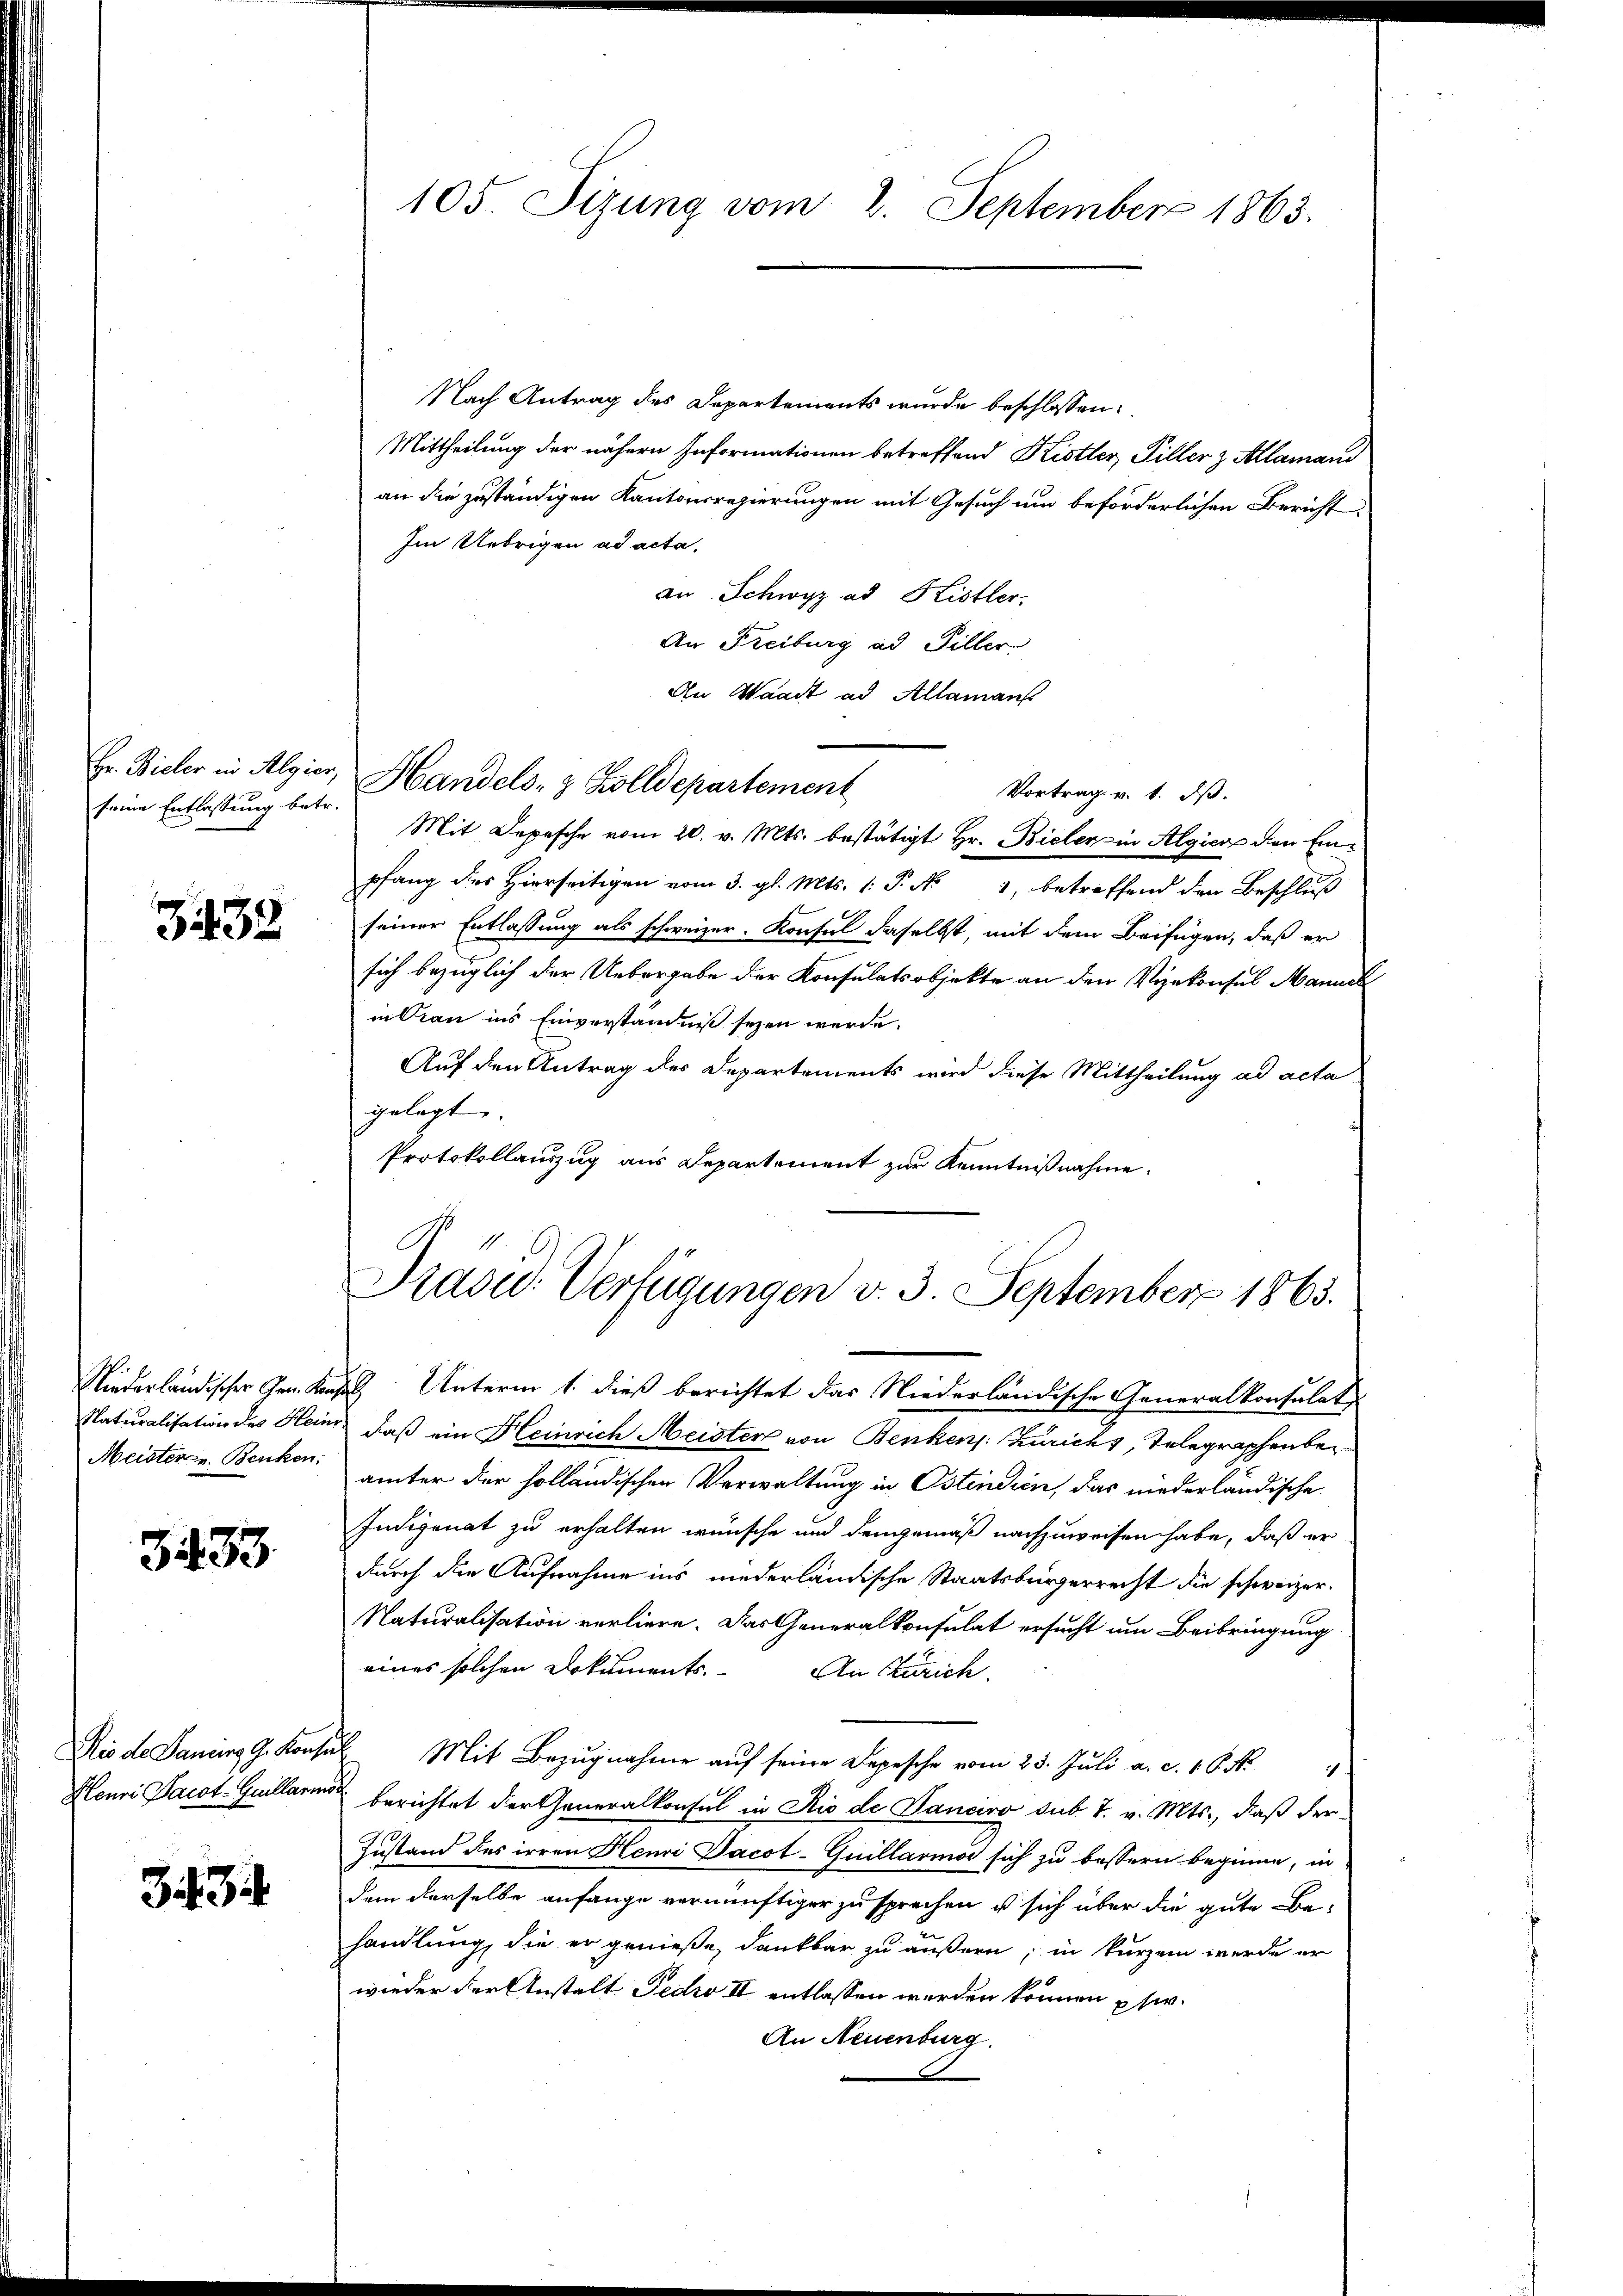
Hr. Bieler in Algier,
seine Entlassung betr.

332

Meister u. Benken.

3433.

Hlenri Pacot-Guillaris

33

105. Sizung vom 2. September 1863.

Nach Antrag des Departements wurde beschlossen:
Mittheilung der nähern Informationen betreffend Kistler Tiller z Alamand
an die zuständigen Kantonsregierungen mit Gesuch und beförderlichen Bericht
Im Uebrigen ad acta,
an. Schwyz ad Kistler.
An Freiburg ad Piller
An Waadt ad Allamans
Mit Depesche vom 20. v. Mts. bestätigt Hr. Bielen in Algien den Einpfang des hierseitigen vom 3. gl. Mts. 1. P. N. 1, betreffend den Beschlŭβ
seiner Entlassung als schweizer. Konsul daselbst, mit dem Beifügen, daß er
sich bezüglich der Uebergabe der Konsulatsobjekte an den Vizekonsul Manusk
in Cran ins Einverständniß seyen werde.
Auf den Antrag des Departements wird diese Mittheilung ad acta
gelegt.
Protokollauszug aus Departement zur Kenntnißnahme.

Handels- & Zolldepartement

Vortrag v. 1. ds.

Präsid.. Verfügungen v. 3. September 1865.

Niederländischer Gen. Kandes Unterm 1. dieß berichtet das Niederländische Generalkonsulat,
Naturalisation des Heinr, daß ein Heinrich Meister von Benkens: Zürichs, Telegraphenber
ämter der holländischen Verwaltung in Ostendien, das niederländische
Indigenat zu erhalten wünsche und demgemäß nachzuweisen habe, daß er
durch die Aufnahme ins niederländische Staatsbürgerrecht die schweizer.
Naturalisation verliere. Das Generalkonsulat ersucht um Beibringung
eines solchen Dokuments. An Zürich.
Rio de Janein G. Konsul Mit Bezugnahme aŭf seine Depesche vom 25. Juli a. c. 16. N.
berichtet der Generalkonsul in Rio de Danciro sub 7. v. Mts., daß der
Zustand des irren Henri Jacot-Guillarmor sich zu bessern beginne, in
dem derselbe anfange vernünftiger zu sprechen u sich über die gute Be-
handlung, die er genieße, dankbar zu äußern, in kurzem werde er
wieder der Anstalt Fedro II entlassen werden können usw.
An Neuenburg.